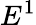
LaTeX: E^{1}